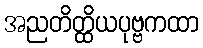
အညတိတ္ထိယပုဗ္ဗကထာ